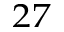
^ { 2 7 }